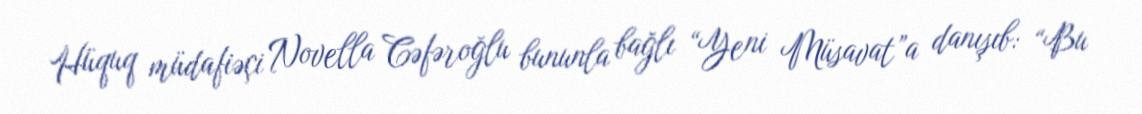
Hüquq müdafiəçi Novella Cəfəroğlu bununla bağlı “Yeni Müsavat”a danışıb: “Bu